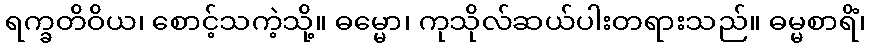
ရက္ခတိဝိယ၊ စောင့်သကဲ့သို့။ ဓမ္မော၊ ကုသိုလ်ဆယ်ပါးတရားသည်။ ဓမ္မစာရိံ၊